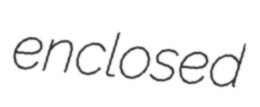
enclosed